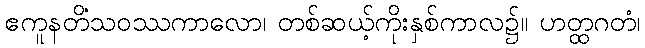
ဧကူနတိံသဝဿကာလော၊ တစ်ဆယ့်ကိုးနှစ်ကာလ၌။ ဟတ္ထဂတံ၊